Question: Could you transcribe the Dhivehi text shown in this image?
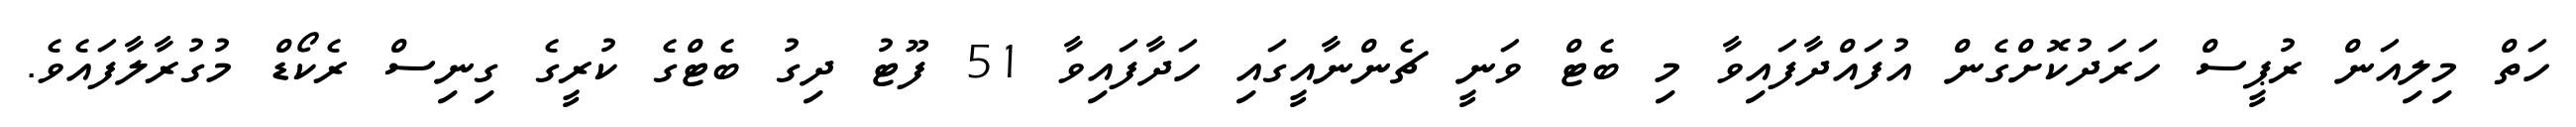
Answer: ހަތް މިލިއަން ރުޕީސް ހަރަދުކޮށްގެން އުފައްދާފައިވާ މި ބެޓް ވަނީ ޗެންނާއީގައި ހަދާފައިވާ 51 ފޫޓު ދިގު ބެޓްގެ ކުރީގެ ގިނިސް ރެކޯޑް މުގުރާލާފައެވެ.